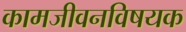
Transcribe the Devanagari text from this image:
कामजीवनविषयक